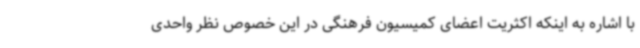
با اشاره به اینکه اکثریت اعضای کمیسیون فرهنگی در این خصوص نظر واحدی